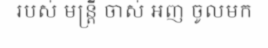
របស់ មន្ត្រី ចាស់ អញ ចូលមក